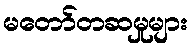
မတော်တဆမှုများ